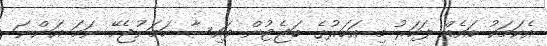
އެކަމަކު ބައެއް ފަހަރު މި އަހަރުގެ ބަޖެޓުން ފައިސާ ހަމަނުޖެހޭ ނަމަ އަންނަ